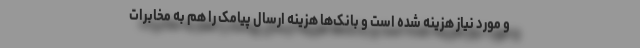
و مورد نیاز هزینه شده است و بانک‌ها هزینه ارسال پیامک را هم به مخابرات